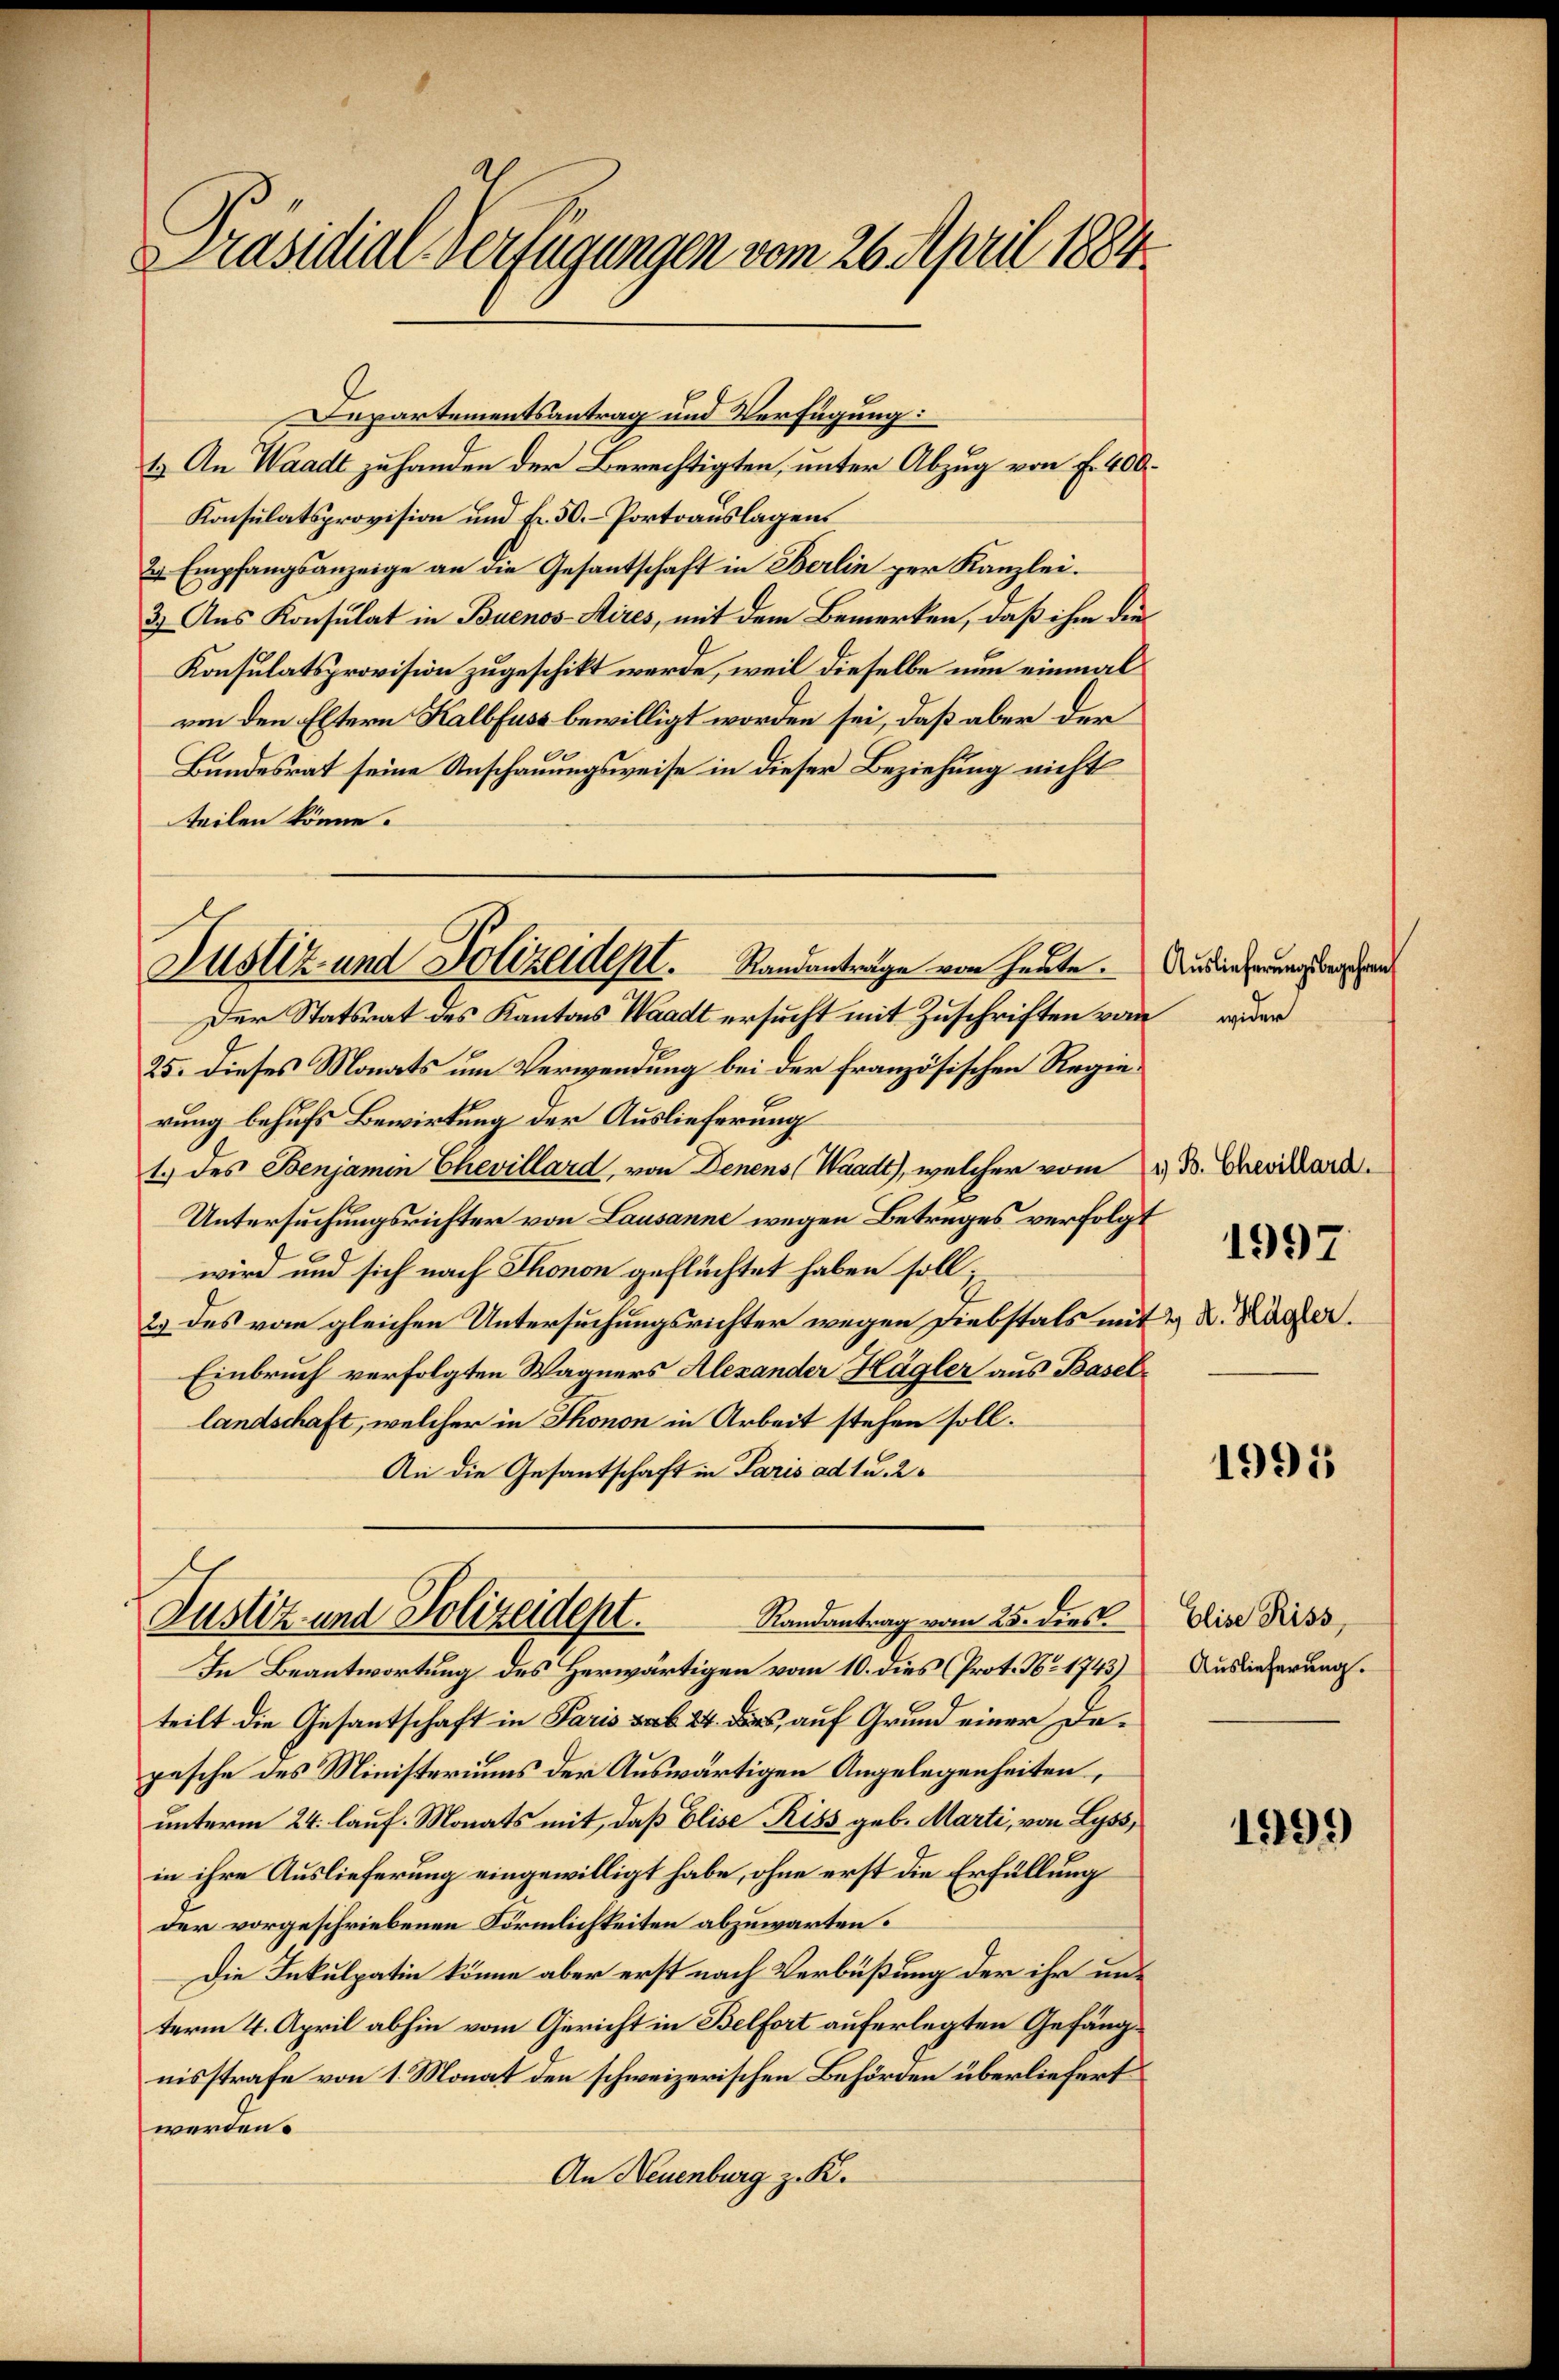
Präsidial-Verfügungen vom 26. April 1884.

Departementsantrag und Verfügung:
&. An Waadt zu handen der Berechtigten, unter Abzug von f. 400
Konsulatsprovision und Fr. 50. Portoauslagen
2 Empfangsanzeige an die Gesantschaft in Berlin zur Kanzlei.
3) Aus Konsulat in Buenos-Aires, mit dem Bemerken, daß ihm die
Konsulatsprovision zugeschikt werde, weil dieselbe nun einmal
von den Eltern Kalbfuss bewilligt worden sei, daß aber der
Bundesrat seine Anschauungsweise in dieser Beziehung nicht
teilen könne.
Der Statsrat des Kantons Waadt ersucht mit Zuschriften von der
25. Dieses Monats um Verwendung bei der französischen Regierung behufs Bewirkung der Auslieferung
1.) des Benjamin Chevillard, von Denens (Waadt), welcher vom
Untersuchungsrichter von Lausanne wegen Betruges verfolgt
wird und sich nach Thonon geflüchtet haben soll;
2) des vom gleichen Untersuchungsrichter wegen Diebstals mit & d. Kager.
Einbruch verfolgten Wagners Alexander Hägler aus Basellandschaft, welcher in Thonon in Arbeit stehen soll.
An die Gesantschaft in Paris ad t u. 2
Justiz und Polizeident.
Randantrag vom 25. dies
In Beantwortung des Herwärtigen vom 10. dies (Prot. No. 1743)
teilt die Gesantschaft in Paris sub 24. Das auf Grund einer Depesche des Ministeriums der Auswärtigen Angelegenheiten,
unterm 24. lauf. Monats mit, daß Elise Riss geb. Marti, von Lyss,
in ihre Auslieferung eingewilligt habe, ohne erst die Erfüllung
der vorgeschriebenen Förmlichkeiten abzuwarten.
Die Inkulpatin könne aber erst nach Verbüßung der ihr unterm 4. April abhin vom Gericht in Belfort auferlegten Gefängnisstrafe von 1. Monat den schweizerischen Behörden überliefert
werden.
An Neuenburg z. K.

Justiz- und Polizeidept. Standanträge von heute.

Auslieferungsbegehren

1) B. Chevillard.

1997

1995

Elise Riss,
Auslieferung.

1999